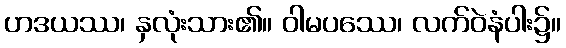
ဟဒယဿ၊ နှလုံးသား၏။ ဝါမပဿေ၊ လက်ဝဲနံပါး၌။